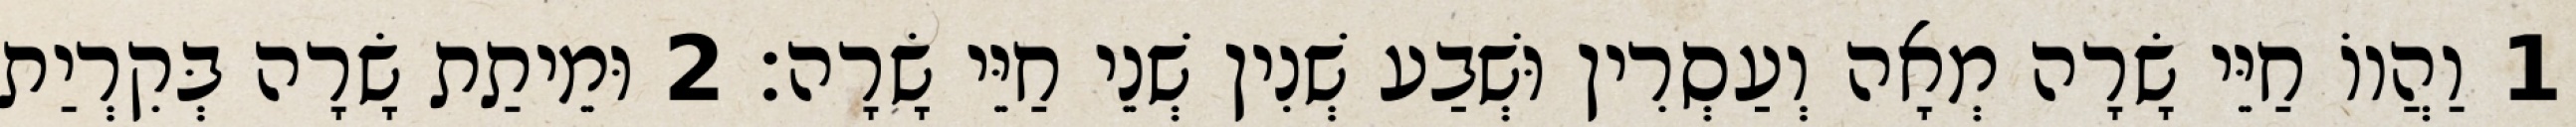
1 וַהֲווֹ חַיֵּי שָׂרָה מְאָה וְעַסְרִין וּשְׁבַע שְׁנִין שְׁנֵי חַיֵּי שָׂרָה׃ 2 וּמֵיתַת שָׂרָה בְּקִרְיַת